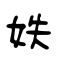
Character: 妷